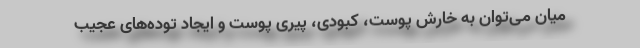
میان می‌توان به خارش پوست، کبودی، پیری پوست و ایجاد توده‌های عجیب